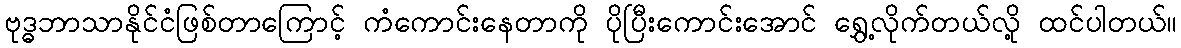
ဗုဒ္ဓဘာသာနိုင်ငံဖြစ်တာကြောင့် ကံကောင်းနေတာကို ပိုပြီးကောင်းအောင် ရွှေ့လိုက်တယ်လို့ ထင်ပါတယ်။